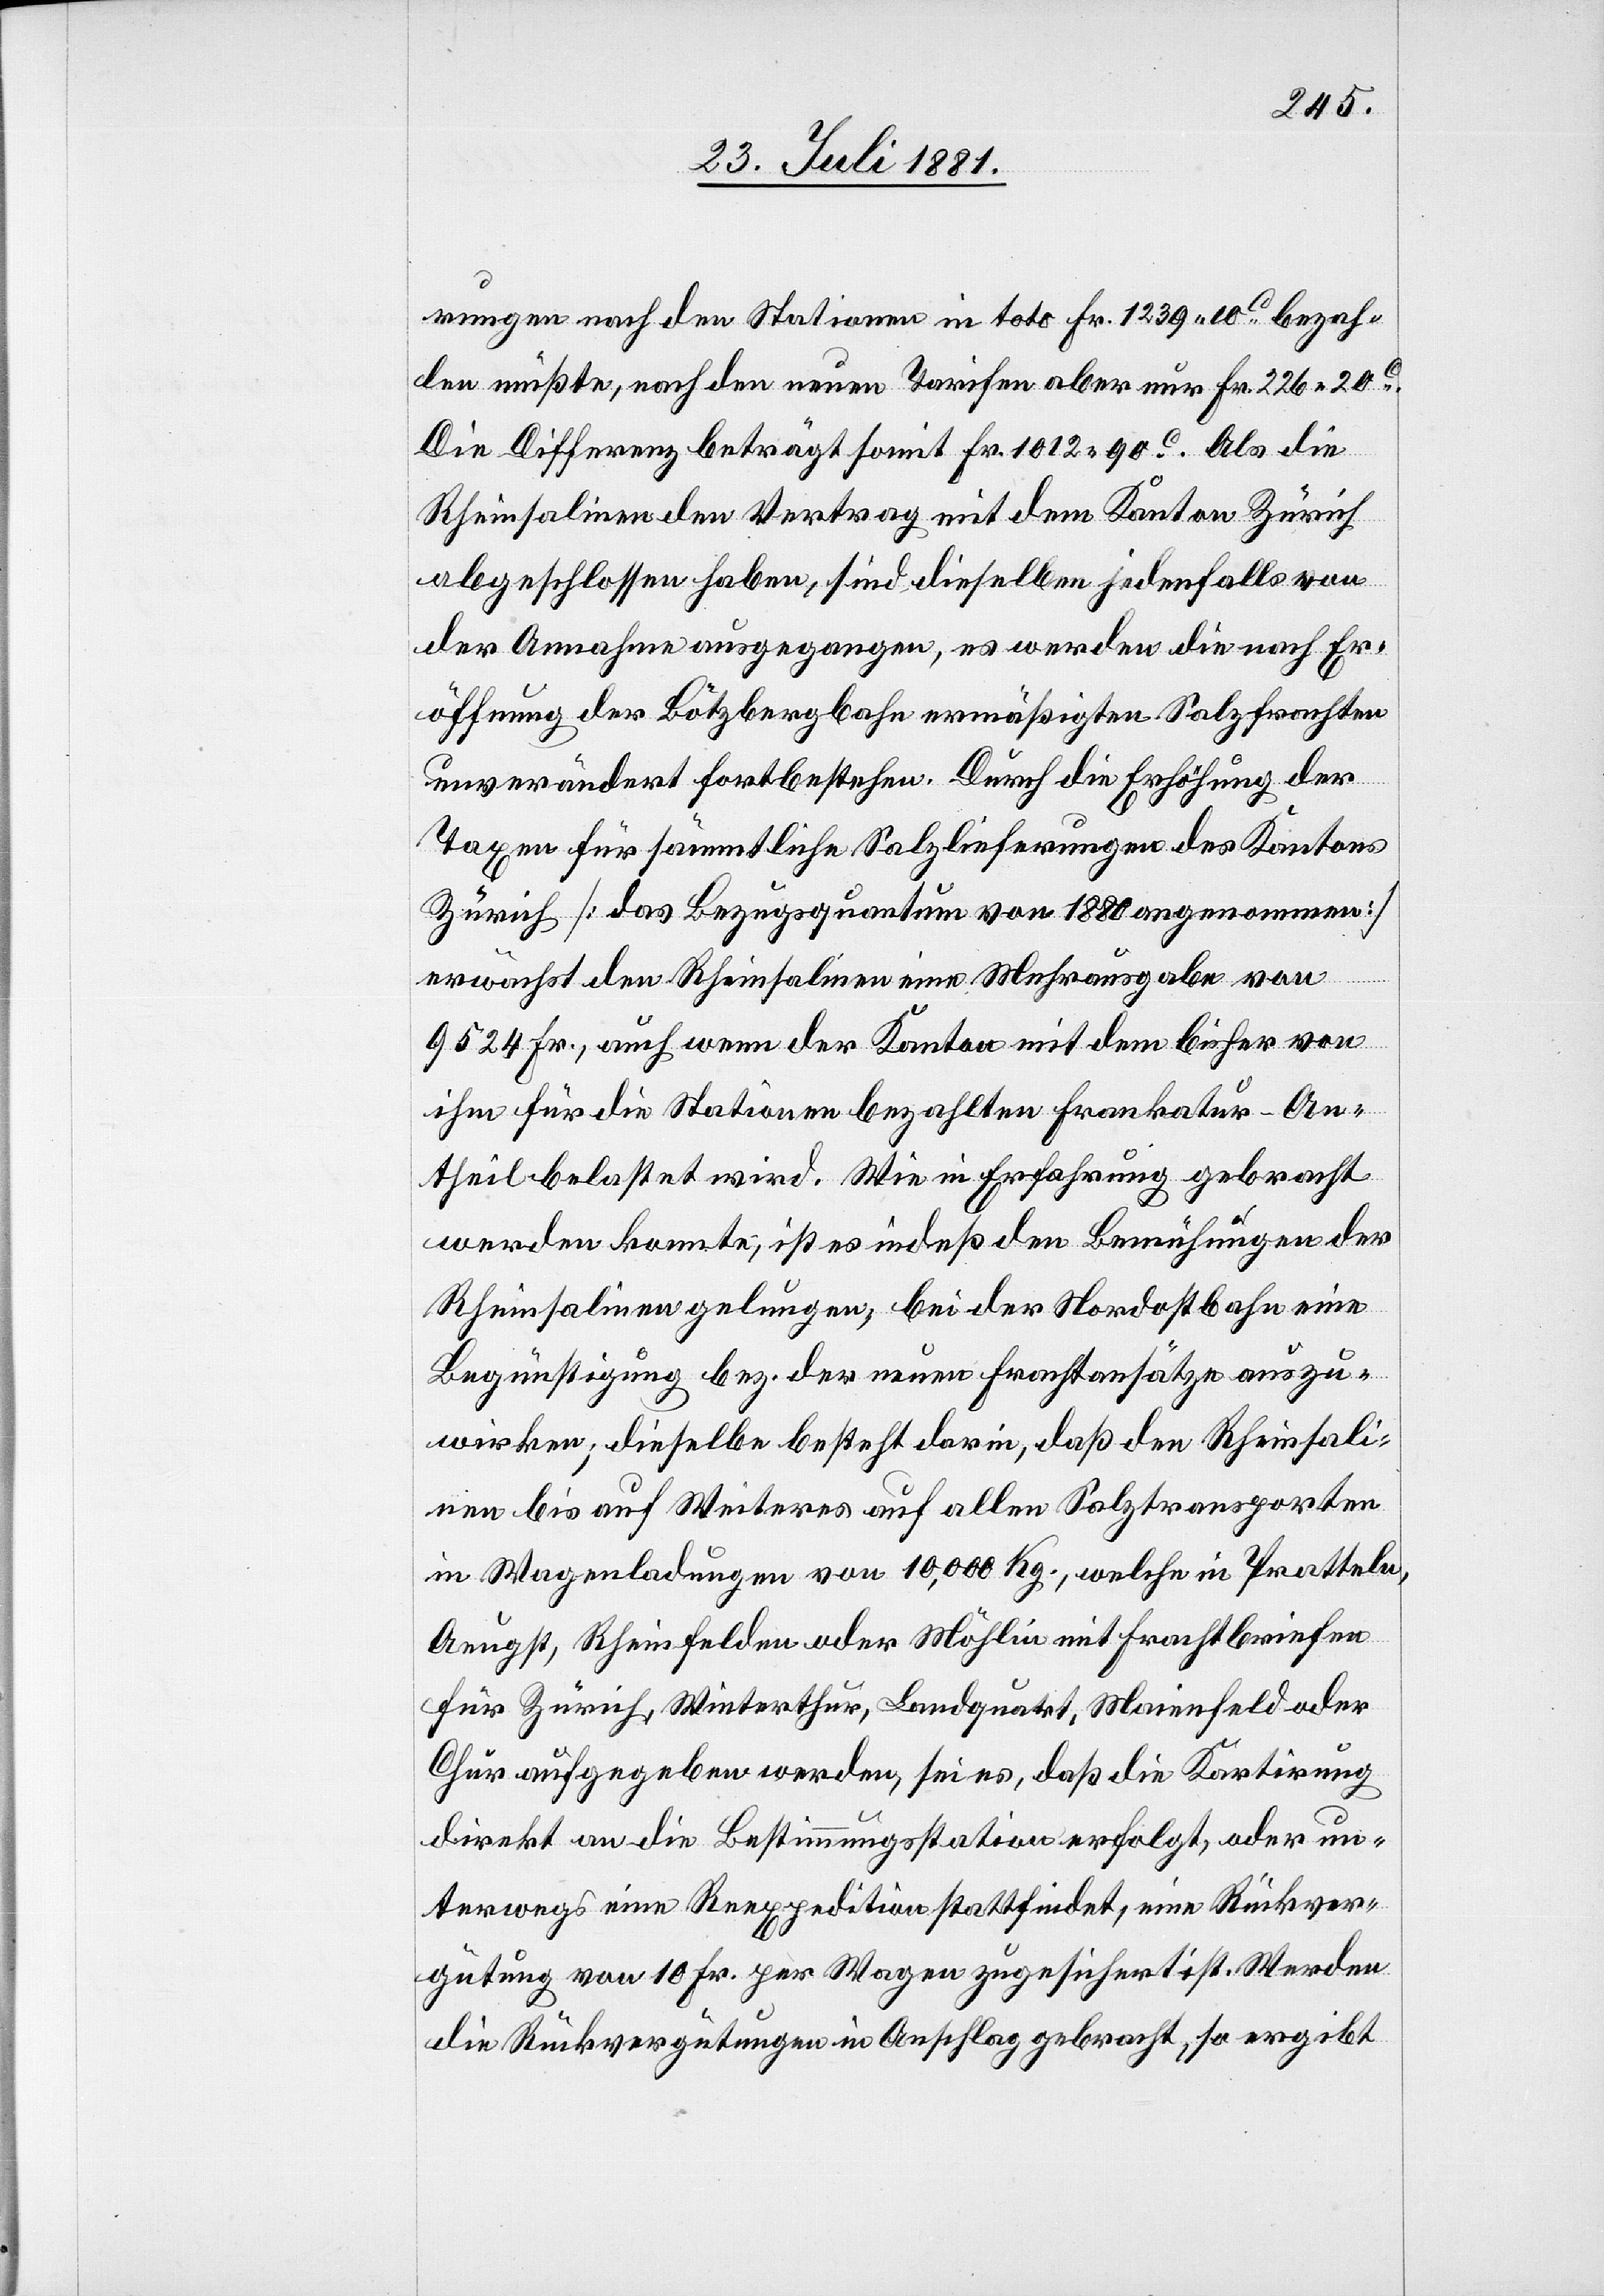
rungen nach den Stationen in toto Fr. 1239 10c bezah¬
len müßte, nach den neuen Tarifen aber nur Fr. 226 20c.
Die Differenz beträgt somit Fr. 1012 90c. Als die
Rheinsalinen den Vertrag mit dem Kanton Zürich
abgeschlossen haben, sind dieselben jedenfalls von
der Annahme ausgegangen, es werden die nach Er¬
öffnung der Bötzbergbahn ermäßigten Salzfrachten
unverändert fortbestehen. Durch die Erhöhung der
Taxen für sämmtliche Salzlieferungen des Kantons
Zürich [das Bezugsquantum von 1880 angenommen]
erwächst den Rheinsalinen eine Mehrausgabe von
9524 Fr., auch wenn der Kanton mit dem bisher von
ihm für die Stationen bezahlten Frankatur-An¬
theil belastet wird. Wie in Erfahrung gebracht
werden konnte, ist es indeß den Bemühungen der
Rheinsalinen gelungen, bei der Nordostbahn eine
Begünstigung bez. der neuen Frachtansätze auszu¬
wirken; dieselbe besteht darin, daß den Rheinsali¬
nen bis auf Weiteres auf allen Salztransporten
in Wagenladung von 10,000 Kg., welche in Pratteln,
Aeugst, Rheinfelden oder Möhlin mit Frachtbriefen
für Zürich, Winterthur, Landquart, Maienfeld oder
Chur aufgegeben werden, sei es daß die Kartirung
direkt an die Bestimmungsstation erfolgt, oder un¬
terwegs eine Reexpedition stattfindet, eine Rückver¬
gütung von 10. Fr. per Wagen zugesichert ist. Werden
die Rückvergütungen in Anschlag gebracht, so ergibt